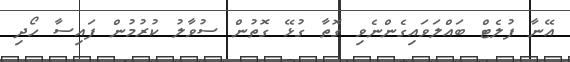
އޭނާ ފުލެޓް ބައްލަވައިގެންނެވި ގޮތާ ގުޅޭ ގޮތުން ސުވާލު ކުރުމުން ފައިސާ ހޯދި